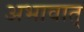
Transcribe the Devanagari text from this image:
अभावात्